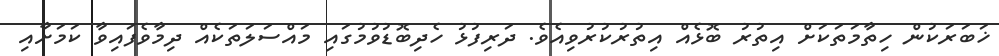
ޚަބަރަކުން ހިތާމަތަކަށް އިތުރު ބޮޅެއް އިތުރުކުރުވިއެވެ. ދަރިފުޅު ހެދިބޮޑުވުމުގައި މައްސަލަތަކެއް ދިމާވެފައިވާ ކަމަށާއި